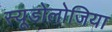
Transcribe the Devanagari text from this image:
स्यूडोलोजिया